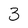
Character: 3